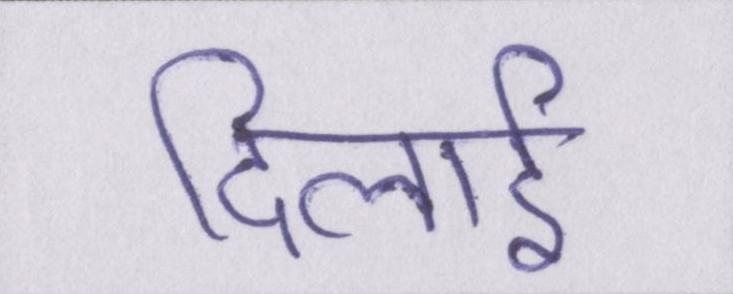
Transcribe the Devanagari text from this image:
दिलाई